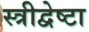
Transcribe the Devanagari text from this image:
स्त्रीद्वेष्टा